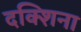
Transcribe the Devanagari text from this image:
दक्शिना